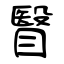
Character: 瞖